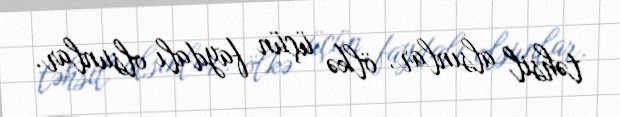
təhsil alsınlar, ölkə üçün faydalı olsunlar.